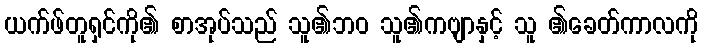
ယက်ဖ်တူရှင်ကို၏ စာအုပ်သည် သူ၏ဘဝ သူ၏ကဗျာနှင့် သူ ၏ခေတ်ကာလကို